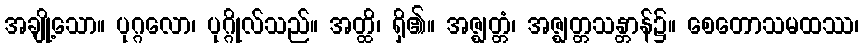
အချို့သော။ ပုဂ္ဂလော၊ ပုဂ္ဂိုလ်သည်။ အတ္ထိ၊ ရှိ၏။ အဇ္ဈတ္တံ၊ အဇ္ဈတ္တသန္တာန်၌။ စေတောသမထဿ၊